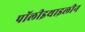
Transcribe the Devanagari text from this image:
पॉलीइथाइलीन